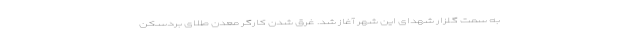
به سمت گلزار شهدای این شهر آغاز شد. غرق شدن کارگر معدن طلای بردسکن